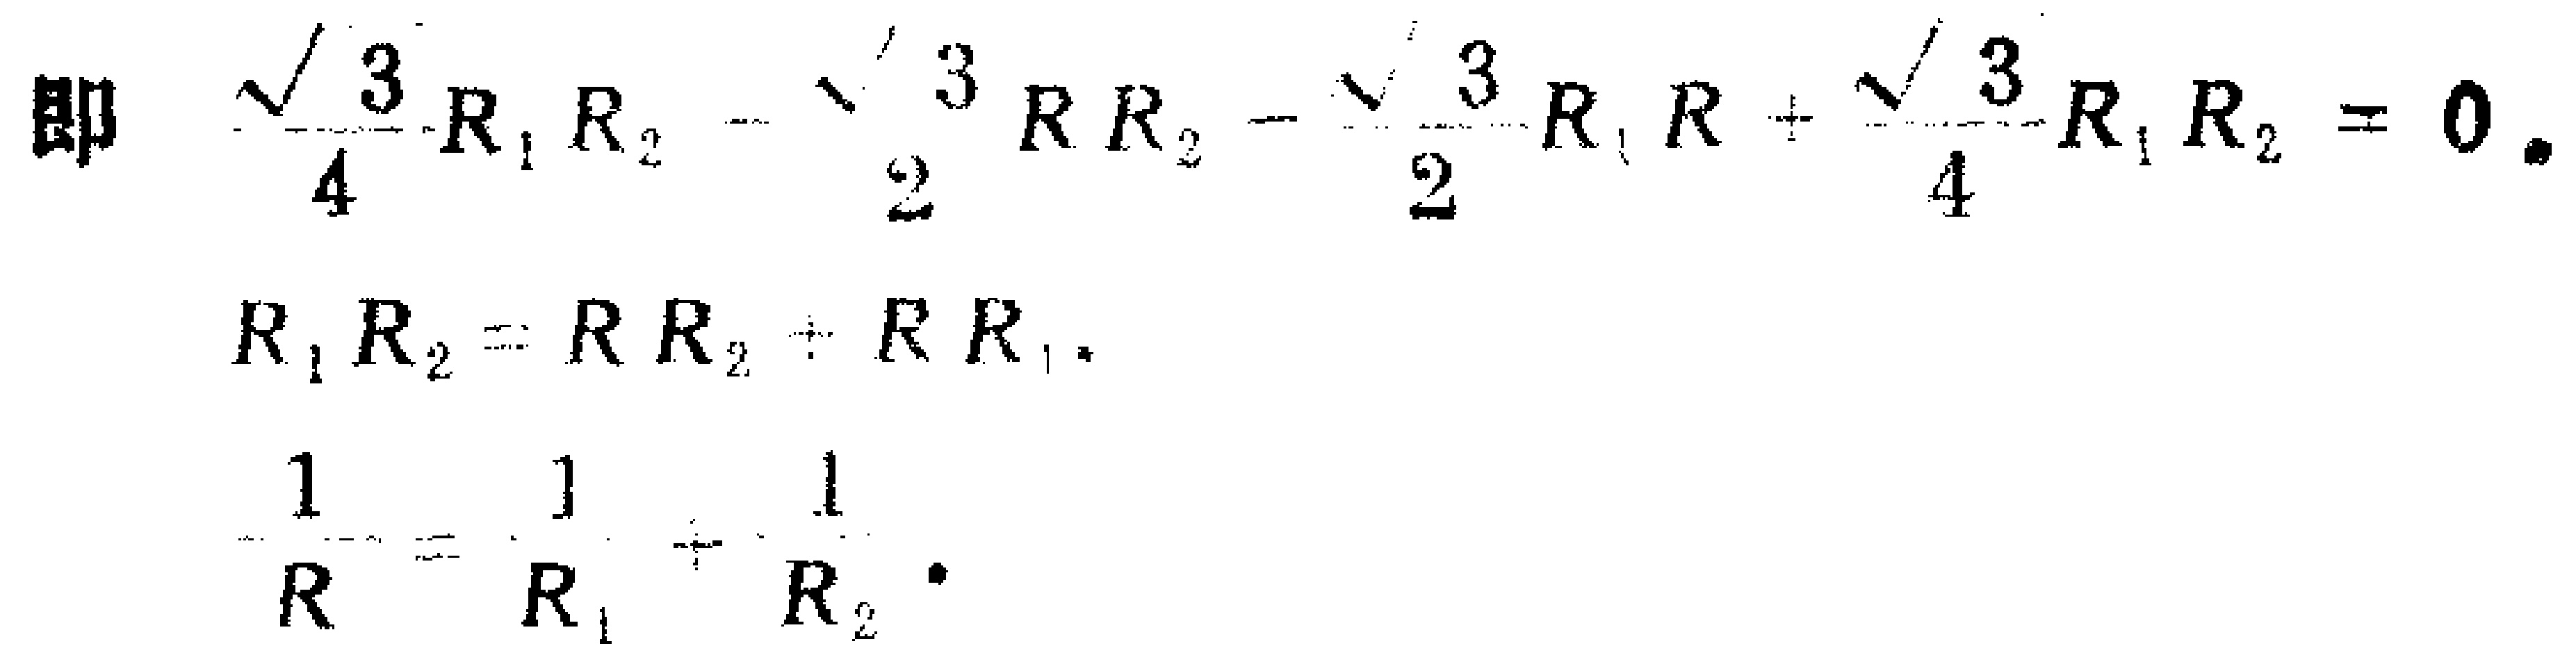
\[
\begin{align*}
\text{即}\quad&\frac{\sqrt{3}}{4}R_1R_2 - \frac{\sqrt{3}}{2}RR_2 - \frac{\sqrt{3}}{2}R_1R+\frac{\sqrt{3}}{4}R_1R_2 = 0\\
R_1R_2&=RR_2 + RR_1\\
\frac{1}{R}&=\frac{1}{R_1}+\frac{1}{R_2}
\end{align*}
\]